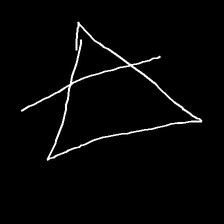
Glyph: empower